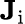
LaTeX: \mathbf{J}_{\mathrm{i}}